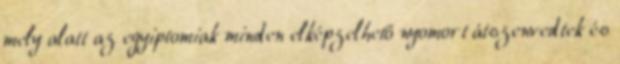
mely alatt az egyiptomiak minden elképzelhető nyomort átszenvedtek és